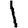
Digit: 1